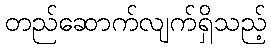
တည်ဆောက်လျက်ရှိသည့်